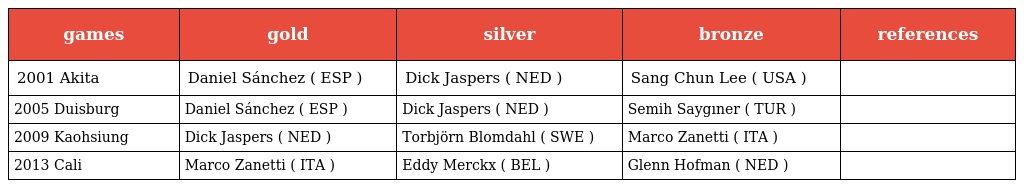
| games | gold | silver | bronze | references |
 | --- | --- | --- | --- | --- |
 | 2001 Akita | Daniel Sánchez ( ESP ) | Dick Jaspers ( NED ) | Sang Chun Lee ( USA ) |  |
 | 2005 Duisburg | Daniel Sánchez ( ESP ) | Dick Jaspers ( NED ) | Semih Saygıner ( TUR ) |  |
 | 2009 Kaohsiung | Dick Jaspers ( NED ) | Torbjörn Blomdahl ( SWE ) | Marco Zanetti ( ITA ) |  |
 | 2013 Cali | Marco Zanetti ( ITA ) | Eddy Merckx ( BEL ) | Glenn Hofman ( NED ) |  |